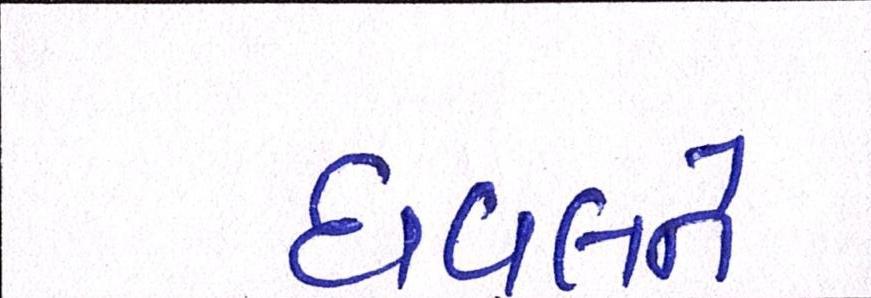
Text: ધવલને